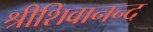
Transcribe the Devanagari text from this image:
श्रीशिवानन्द